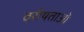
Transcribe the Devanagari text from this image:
वरीयताओ